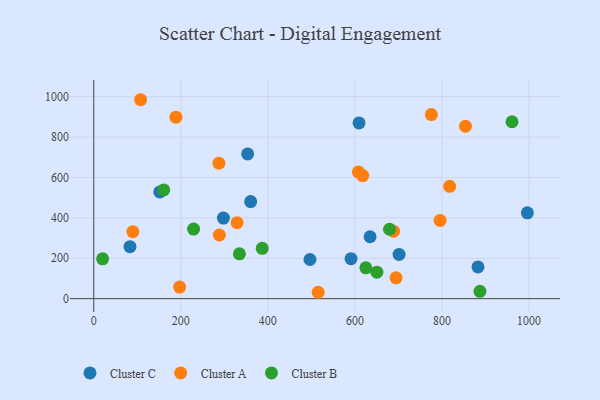
{"axis": {"x": "Engine Size", "y": "Demand"}, "legend": ["Cluster A", "Cluster B", "Cluster C"], "data": [{"x": "83.3", "y": 257.4, "type": "Cluster C"}, {"x": "882.8", "y": 157.2, "type": "Cluster C"}, {"x": "360.5", "y": 480.4, "type": "Cluster C"}, {"x": "996.3", "y": 424.7, "type": "Cluster C"}, {"x": "151.7", "y": 528.3, "type": "Cluster C"}, {"x": "591.1", "y": 198.1, "type": "Cluster C"}, {"x": "496.8", "y": 193.9, "type": "Cluster C"}, {"x": "701.5", "y": 219.0, "type": "Cluster C"}, {"x": "634.9", "y": 306.3, "type": "Cluster C"}, {"x": "353.6", "y": 716.3, "type": "Cluster C"}, {"x": "609.5", "y": 869.6, "type": "Cluster C"}, {"x": "297.9", "y": 398.6, "type": "Cluster C"}, {"x": "618.0", "y": 609.0, "type": "Cluster A"}, {"x": "854.1", "y": 853.3, "type": "Cluster A"}, {"x": "287.5", "y": 670.3, "type": "Cluster A"}, {"x": "188.8", "y": 898.0, "type": "Cluster A"}, {"x": "688.7", "y": 334.2, "type": "Cluster A"}, {"x": "775.7", "y": 910.8, "type": "Cluster A"}, {"x": "817.7", "y": 556.0, "type": "Cluster A"}, {"x": "288.6", "y": 315.1, "type": "Cluster A"}, {"x": "515.7", "y": 31.6, "type": "Cluster A"}, {"x": "89.8", "y": 331.3, "type": "Cluster A"}, {"x": "329.3", "y": 376.0, "type": "Cluster A"}, {"x": "197.4", "y": 57.4, "type": "Cluster A"}, {"x": "694.6", "y": 102.9, "type": "Cluster A"}, {"x": "107.7", "y": 984.5, "type": "Cluster A"}, {"x": "795.8", "y": 387.2, "type": "Cluster A"}, {"x": "608.0", "y": 627.0, "type": "Cluster A"}, {"x": "961.0", "y": 875.4, "type": "Cluster B"}, {"x": "679.5", "y": 343.6, "type": "Cluster B"}, {"x": "20.4", "y": 197.0, "type": "Cluster B"}, {"x": "650.5", "y": 130.9, "type": "Cluster B"}, {"x": "229.3", "y": 344.2, "type": "Cluster B"}, {"x": "334.7", "y": 222.1, "type": "Cluster B"}, {"x": "625.2", "y": 152.8, "type": "Cluster B"}, {"x": "887.3", "y": 36.2, "type": "Cluster B"}, {"x": "387.1", "y": 249.1, "type": "Cluster B"}, {"x": "160.8", "y": 538.0, "type": "Cluster B"}]}